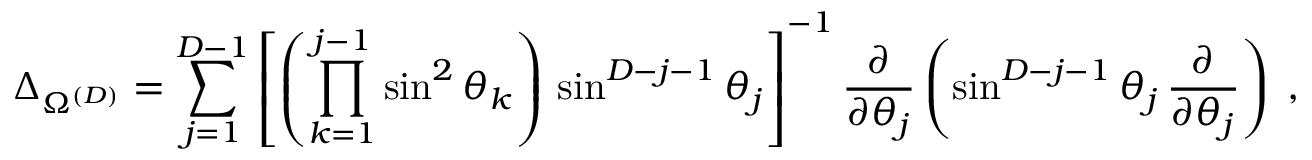
\Delta _ { \Omega ^ { ( { D } ) } } = \sum _ { j = 1 } ^ { { D } - 1 } \left[ \left( \prod _ { k = 1 } ^ { j - 1 } \sin ^ { 2 } \theta _ { k } \right) \, \sin ^ { { D } - j - 1 } \theta _ { j } \right] ^ { - 1 } \frac { \partial } { \partial \theta _ { j } } \left( \sin ^ { { D } - j - 1 } \theta _ { j } \, \frac { \partial } { \partial \theta _ { j } } \right) \; ,